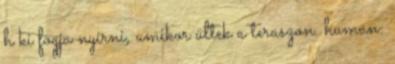
h ki fogja nyírni, amikor ültek a teraszon. human: